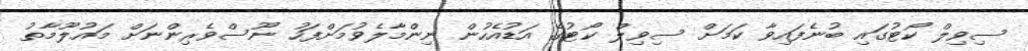
ސިވިލް ކޯޓުގައި ބުނެފައިވާ ކަމަށް ސިވިލް ކޯޓުގެ އަޑުއެހުން ނިންމާލެވުމަށްފަހު ނޫސްވެރިންނަށް މައުލޫމާތު